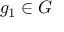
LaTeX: g _ { 1 } \in G